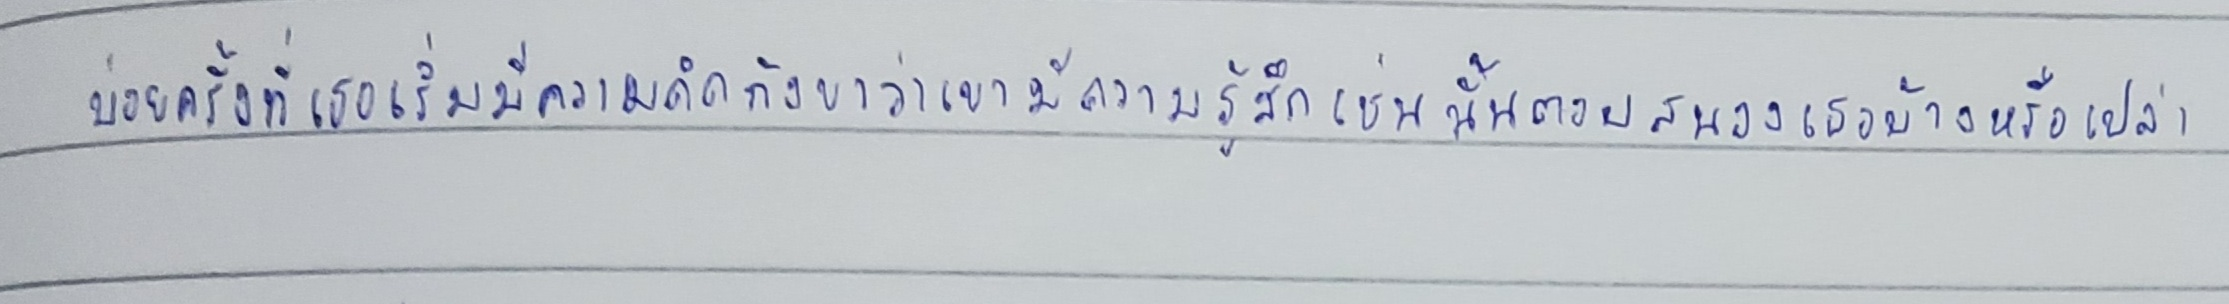
บ่อยครั้งที่เธอเริ่มมีความคิดกังขาว่าเขามีความรู้สึกเช่นนั้นตอบสนองเธอบ้างหรือเปล่า